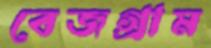
বেজগ্রাম